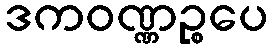
ဒကဝဏ္ဏဉ္စပေ